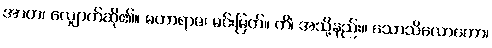
အာဟ၊ လျှောက်ဆို၏။ မဟာရာဇ၊ မင်းမြတ်။ ကိံ၊ အသို့နည်း။ သောသိလောကော၊